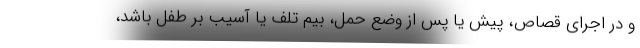
و در اجرای قصاص، پیش یا پس از وضع حمل، بیم تلف یا آسیب بر طفل باشد،